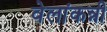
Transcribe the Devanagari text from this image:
वेलांकन्नी